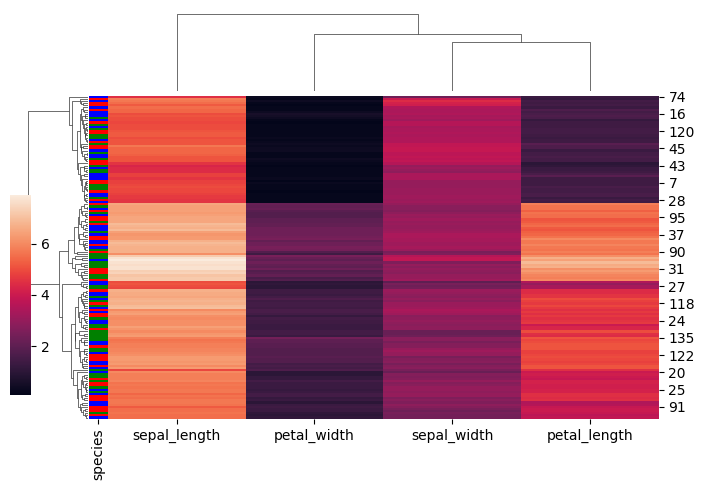
python, seaborn, clustermap, figsize=(7, 5), row_cluster=True, dendrogram_ratio=(0.1, 0.2), cbar_pos=(0, 0.2, 0.03, 0.4)